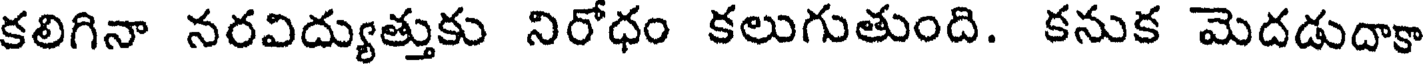
కలిగినా నరవిద్యుత్తుకు నిరోధం కలుగుతుంది. కనుక మెదడుదాకా